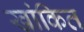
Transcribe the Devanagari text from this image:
खांकित